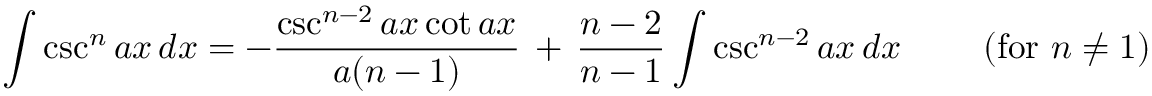
\int \csc ^ { n } { a x } \, d x = - { \frac { \csc ^ { n - 2 } { a x } \cot { a x } } { a ( n - 1 ) } } \, + \, { \frac { n - 2 } { n - 1 } } \int \csc ^ { n - 2 } { a x } \, d x \qquad { \mathrm { ~ ( f o r ~ } } n \neq 1 { \mathrm { ) } }